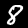
Digit: 8